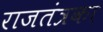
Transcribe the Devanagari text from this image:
राजतंत्रका